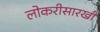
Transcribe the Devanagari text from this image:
लोकरीसारखी